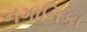
નગાનિકા